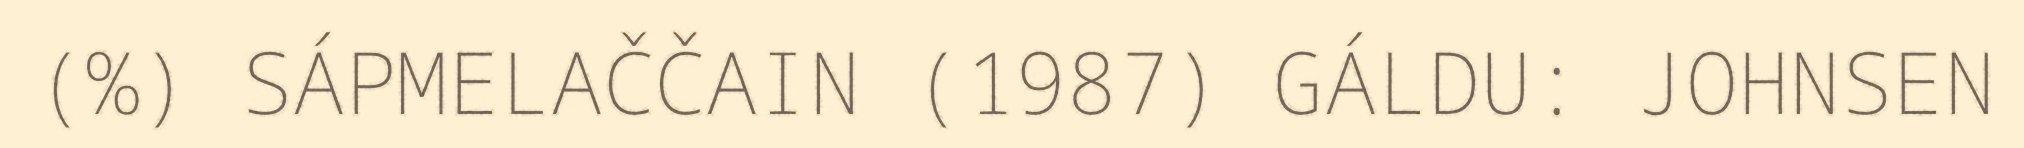
(%) SÁPMELAČČAIN (1987) GÁLDU: JOHNSEN